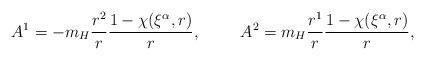
LaTeX: \begin{align*}A^1 = - m_H \frac{r^2}{r} \frac{1- \chi(\xi^\alpha,r)}{r},\hskip 1cmA^2 = m_H \frac{r^1}{r} \frac{1- \chi(\xi^\alpha,r)}{r},\end{align*}